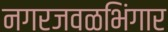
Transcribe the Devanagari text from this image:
नगरजवळभिंगार